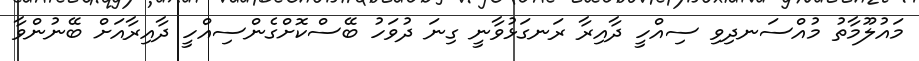
މައުލޫމާތު މުއްސަނދިވި ސިއްހީ ދާއިރާ ރަނގަޅުވާނީ ގިނަ ދުވަހު ބޭސްކޮށްގެންސިއްހީ ދާއިރާއަށް ބޭނުންވާ